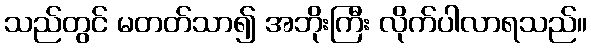
သည်တွင် မတတ်သာ၍ အဘိုးကြီး လိုက်ပါလာရသည်။